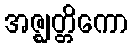
အဇ္ဈတ္တိကော